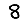
Digit: 8